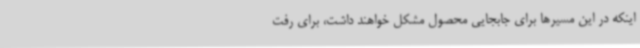
اینکه در این مسیرها برای جابجایی محصول مشکل خواهند داشت، برای رفت